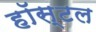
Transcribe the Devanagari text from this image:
हॉस्‍टल